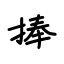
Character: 捧